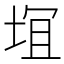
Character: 𱖴